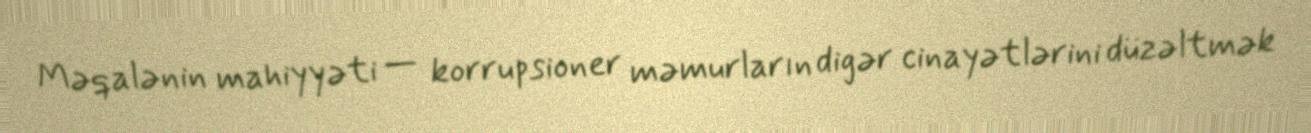
Məqalənin mahiyyəti — korrupsioner məmurların digər cinayətlərini düzəltmək